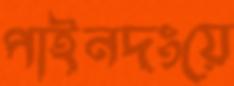
পাইনদংয়ে